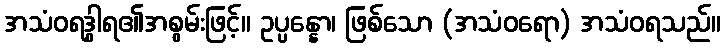
အသံဝရဒွါရ၏အစွမ်းဖြင့်။ ဥပ္ပန္နော၊ ဖြစ်သော (အသံဝရော) အသံဝရသည်။